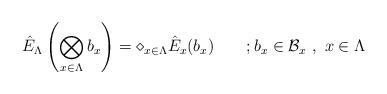
LaTeX: \begin{align*}\hat{E}_{\Lambda}\left(\bigotimes_{x\in\Lambda} b_{x}\right)=\diamond_{x\in \Lambda}\hat{E}_{x}(b_{x})\qquad;b_{x}\in\mathcal{B}_{x} \ , \ x\in\Lambda\end{align*}